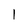
Character: 1